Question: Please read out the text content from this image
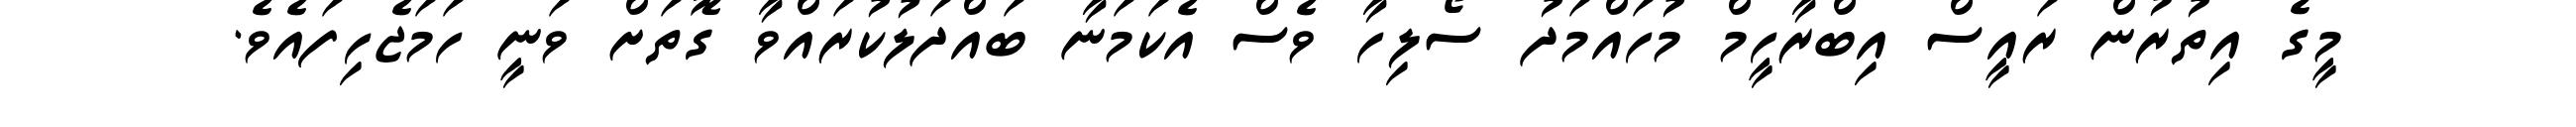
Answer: މީގެ އިތުރުން ރައީސް އިބްރާހީމް މުހައްމަދު ސޯލިހާ ވެސް އެކަމަނާ ބައްދަލުކުރައްވާ ގޮތަށް ވަނީ ހަމަޖެހިފައެވެ.